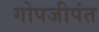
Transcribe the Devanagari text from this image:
गोपजीपंत